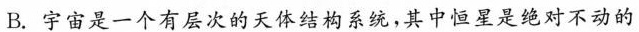
B.宇宙是一个有层次的天体结构系统，其中恒星是绝对不动的